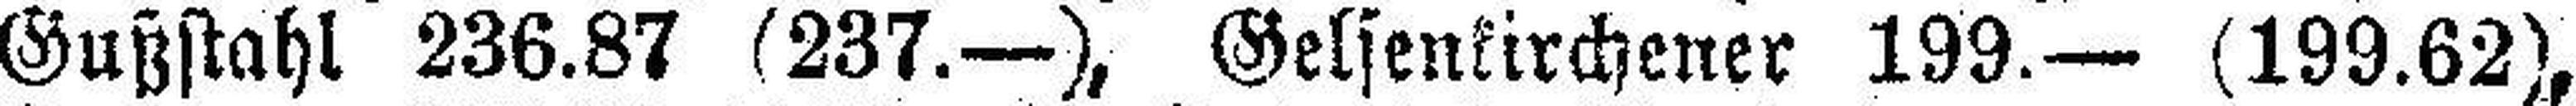
Gußstahl 236.87 (237.—), Gelsenkirchener 199.— (199.62),